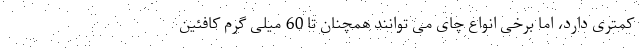
کمتری دارد، اما برخی انواع چای می توانند همچنان تا 60 میلی گرم کافئین